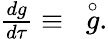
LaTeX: \begin{array}{r}{\frac{dg}{d\tau}\equiv~\stackrel{\circ}{g}.}\end{array}